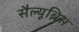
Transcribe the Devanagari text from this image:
सैल्यूब्रिस